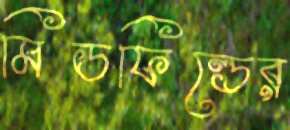
মিডফিল্ডের